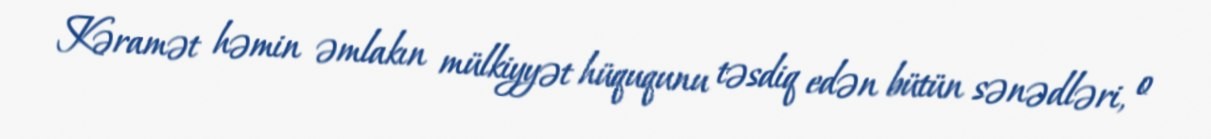
Kəramət həmin əmlakın mülkiyyət hüququnu təsdiq edən bütün sənədləri, o